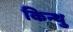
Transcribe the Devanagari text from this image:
किन्थु